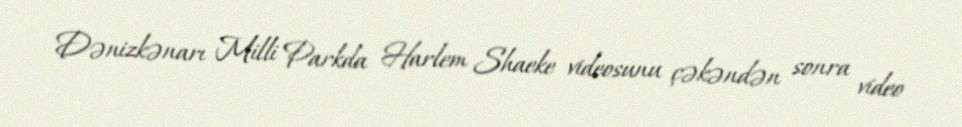
Dənizkənarı Milli Parkda Harlem Shaeke videosunu çəkəndən sonra video